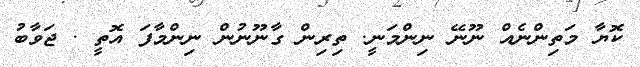
ކޮޔާ މަތިންނެއް ނޫނޭ ނިންމަނީ. ތިރިން ގާނޫނުން ނިންމާފަ އޮތީ . ޖަވާބު